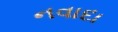
નવાદા